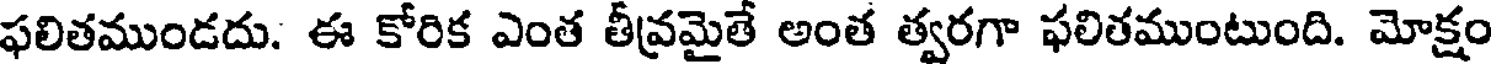
ఫలితముండదు. ఈ కోరిక ఎంత తీవ్రమైతే అంత త్వరగా ఫలితముంటుంది. మోక్షం